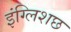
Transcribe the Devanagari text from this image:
इंग्लिशछ